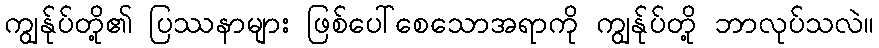
ကျွန်ုပ်တို့၏ ပြဿနာများ ဖြစ်ပေါ်စေသောအရာကို ကျွန်ုပ်တို့ ဘာလုပ်သလဲ။